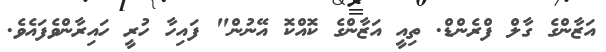
އަޒާންގެ ގާލް ފްރެންޑް. ތިއީ އަޒާންގެ ކޮއްކޮ އޭނުން" ފައިހާ ހުރީ ހައިރާންވެފައެވެ.